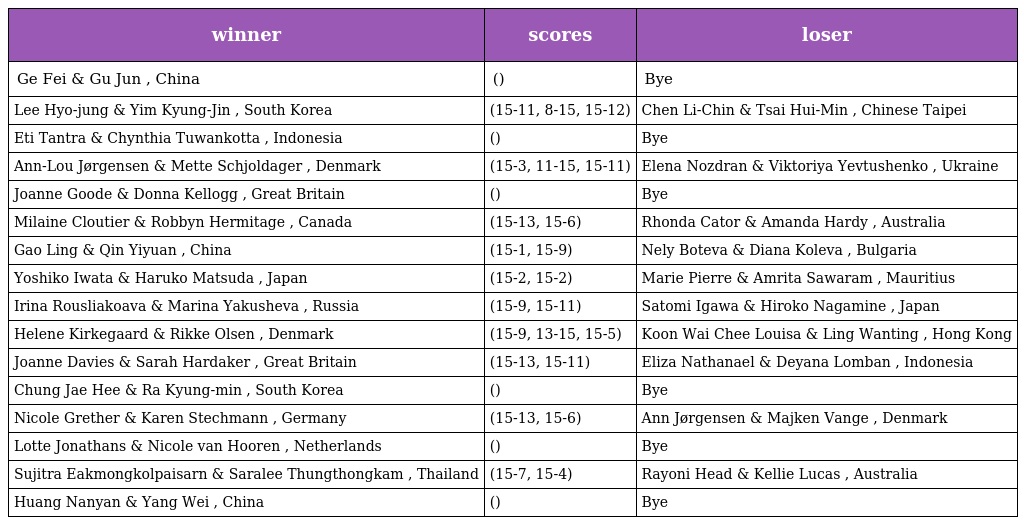
| winner | scores | loser |
 | --- | --- | --- |
 | Ge Fei & Gu Jun , China | () | Bye |
 | Lee Hyo-jung & Yim Kyung-Jin , South Korea | (15-11, 8-15, 15-12) | Chen Li-Chin & Tsai Hui-Min , Chinese Taipei |
 | Eti Tantra & Chynthia Tuwankotta , Indonesia | () | Bye |
 | Ann-Lou Jørgensen & Mette Schjoldager , Denmark | (15-3, 11-15, 15-11) | Elena Nozdran & Viktoriya Yevtushenko , Ukraine |
 | Joanne Goode & Donna Kellogg , Great Britain | () | Bye |
 | Milaine Cloutier & Robbyn Hermitage , Canada | (15-13, 15-6) | Rhonda Cator & Amanda Hardy , Australia |
 | Gao Ling & Qin Yiyuan , China | (15-1, 15-9) | Nely Boteva & Diana Koleva , Bulgaria |
 | Yoshiko Iwata & Haruko Matsuda , Japan | (15-2, 15-2) | Marie Pierre & Amrita Sawaram , Mauritius |
 | Irina Rousliakoava & Marina Yakusheva , Russia | (15-9, 15-11) | Satomi Igawa & Hiroko Nagamine , Japan |
 | Helene Kirkegaard & Rikke Olsen , Denmark | (15-9, 13-15, 15-5) | Koon Wai Chee Louisa & Ling Wanting , Hong Kong |
 | Joanne Davies & Sarah Hardaker , Great Britain | (15-13, 15-11) | Eliza Nathanael & Deyana Lomban , Indonesia |
 | Chung Jae Hee & Ra Kyung-min , South Korea | () | Bye |
 | Nicole Grether & Karen Stechmann , Germany | (15-13, 15-6) | Ann Jørgensen & Majken Vange , Denmark |
 | Lotte Jonathans & Nicole van Hooren , Netherlands | () | Bye |
 | Sujitra Eakmongkolpaisarn & Saralee Thungthongkam , Thailand | (15-7, 15-4) | Rayoni Head & Kellie Lucas , Australia |
 | Huang Nanyan & Yang Wei , China | () | Bye |